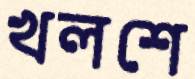
খলশে